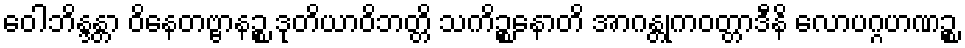
ဝေါဘိန္ဒန္တာ ဝိနေတဗ္ဗာနဉ္စ ဒုတိယာဝိဘတ္တိ သကိဉ္စနောတိ အာဂန္တုကဝတ္တာဒီနိ လောပဂ္ဂဟဏဉ္စ